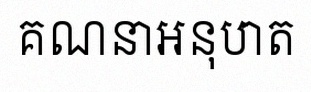
គណនាអនុបាត